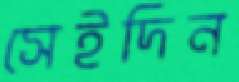
সেইদিন